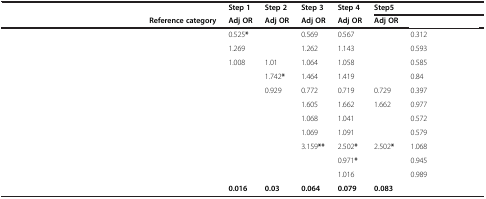
<table><thead><tr><td>[EMPTY_CELL]</td><td>[EMPTY_CELL]</td><td><b>Step 1</b></td><td><b>Step 2</b></td><td><b>Step 3</b></td><td><b>Step 4</b></td><td colspan="3"><b>Step5</b></td></tr><tr><td>[EMPTY_CELL]</td><td><b>Reference category</b></td><td><b>Adj OR</b></td><td><b>Adj OR</b></td><td><b>Adj OR</b></td><td><b>Adj OR</b></td><td><b>Adj OR</b></td><td colspan="2">[EMPTY_CELL]</td></tr></thead><tbody><tr><td>[EMPTY_CELL]</td><td>[EMPTY_CELL]</td><td>0.525<b>*</b></td><td>[EMPTY_CELL]</td><td>0.569</td><td>0.567</td><td>[EMPTY_CELL]</td><td>0.312</td><td>[EMPTY_CELL]</td></tr><tr><td>[EMPTY_CELL]</td><td>[EMPTY_CELL]</td><td>1.269</td><td>[EMPTY_CELL]</td><td>1.262</td><td>1.143</td><td>[EMPTY_CELL]</td><td>0.593</td><td>[EMPTY_CELL]</td></tr><tr><td>[EMPTY_CELL]</td><td>[EMPTY_CELL]</td><td>1.008</td><td>1.01</td><td>1.064</td><td>1.058</td><td>[EMPTY_CELL]</td><td>0.585</td><td>[EMPTY_CELL]</td></tr><tr><td>[EMPTY_CELL]</td><td>[EMPTY_CELL]</td><td>[EMPTY_CELL]</td><td>1.742<b>*</b></td><td>1.464</td><td>1.419</td><td>[EMPTY_CELL]</td><td>0.84</td><td>[EMPTY_CELL]</td></tr><tr><td>[EMPTY_CELL]</td><td>[EMPTY_CELL]</td><td>[EMPTY_CELL]</td><td>0.929</td><td>0.772</td><td>0.719</td><td>0.729</td><td>0.397</td><td>[EMPTY_CELL]</td></tr><tr><td>[EMPTY_CELL]</td><td>[EMPTY_CELL]</td><td>[EMPTY_CELL]</td><td>[EMPTY_CELL]</td><td>1.605</td><td>1.662</td><td>1.662</td><td>0.977</td><td>[EMPTY_CELL]</td></tr><tr><td>[EMPTY_CELL]</td><td>[EMPTY_CELL]</td><td>[EMPTY_CELL]</td><td>[EMPTY_CELL]</td><td>1.068</td><td>1.041</td><td>[EMPTY_CELL]</td><td>0.572</td><td>[EMPTY_CELL]</td></tr><tr><td>[EMPTY_CELL]</td><td>[EMPTY_CELL]</td><td>[EMPTY_CELL]</td><td>[EMPTY_CELL]</td><td>1.069</td><td>1.091</td><td>[EMPTY_CELL]</td><td>0.579</td><td>[EMPTY_CELL]</td></tr><tr><td>[EMPTY_CELL]</td><td>[EMPTY_CELL]</td><td>[EMPTY_CELL]</td><td>[EMPTY_CELL]</td><td>3.159<b>**</b></td><td>2.502<b>*</b></td><td>2.502<b>*</b></td><td>1.068</td><td>[EMPTY_CELL]</td></tr><tr><td>[EMPTY_CELL]</td><td>[EMPTY_CELL]</td><td>[EMPTY_CELL]</td><td>[EMPTY_CELL]</td><td>[EMPTY_CELL]</td><td>0.971<b>*</b></td><td>[EMPTY_CELL]</td><td>0.945</td><td>[EMPTY_CELL]</td></tr><tr><td>[EMPTY_CELL]</td><td>[EMPTY_CELL]</td><td>[EMPTY_CELL]</td><td>[EMPTY_CELL]</td><td>[EMPTY_CELL]</td><td>1.016</td><td>[EMPTY_CELL]</td><td>0.989</td><td>[EMPTY_CELL]</td></tr><tr><td>[EMPTY_CELL]</td><td>[EMPTY_CELL]</td><td><b>0.016</b></td><td><b>0.03</b></td><td><b>0.064</b></td><td><b>0.079</b></td><td colspan="3"><b>0.083</b></td></tr></tbody></table>